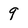
Character: 9